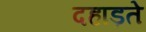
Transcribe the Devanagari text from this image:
दहाड़ते